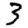
Digit: 3